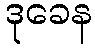
ဒုခေန